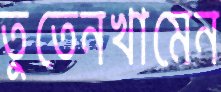
তুতেনখামেন